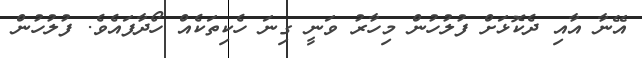
އޭނާ އާއި ދެކޮޅަށް ފުލުހުން މިހާރު ވަނީ ގިނަ ހެކިތަކެއް ހޯދާފައެވެ. ފުލުހުން